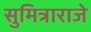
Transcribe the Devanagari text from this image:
सुमित्राराजे